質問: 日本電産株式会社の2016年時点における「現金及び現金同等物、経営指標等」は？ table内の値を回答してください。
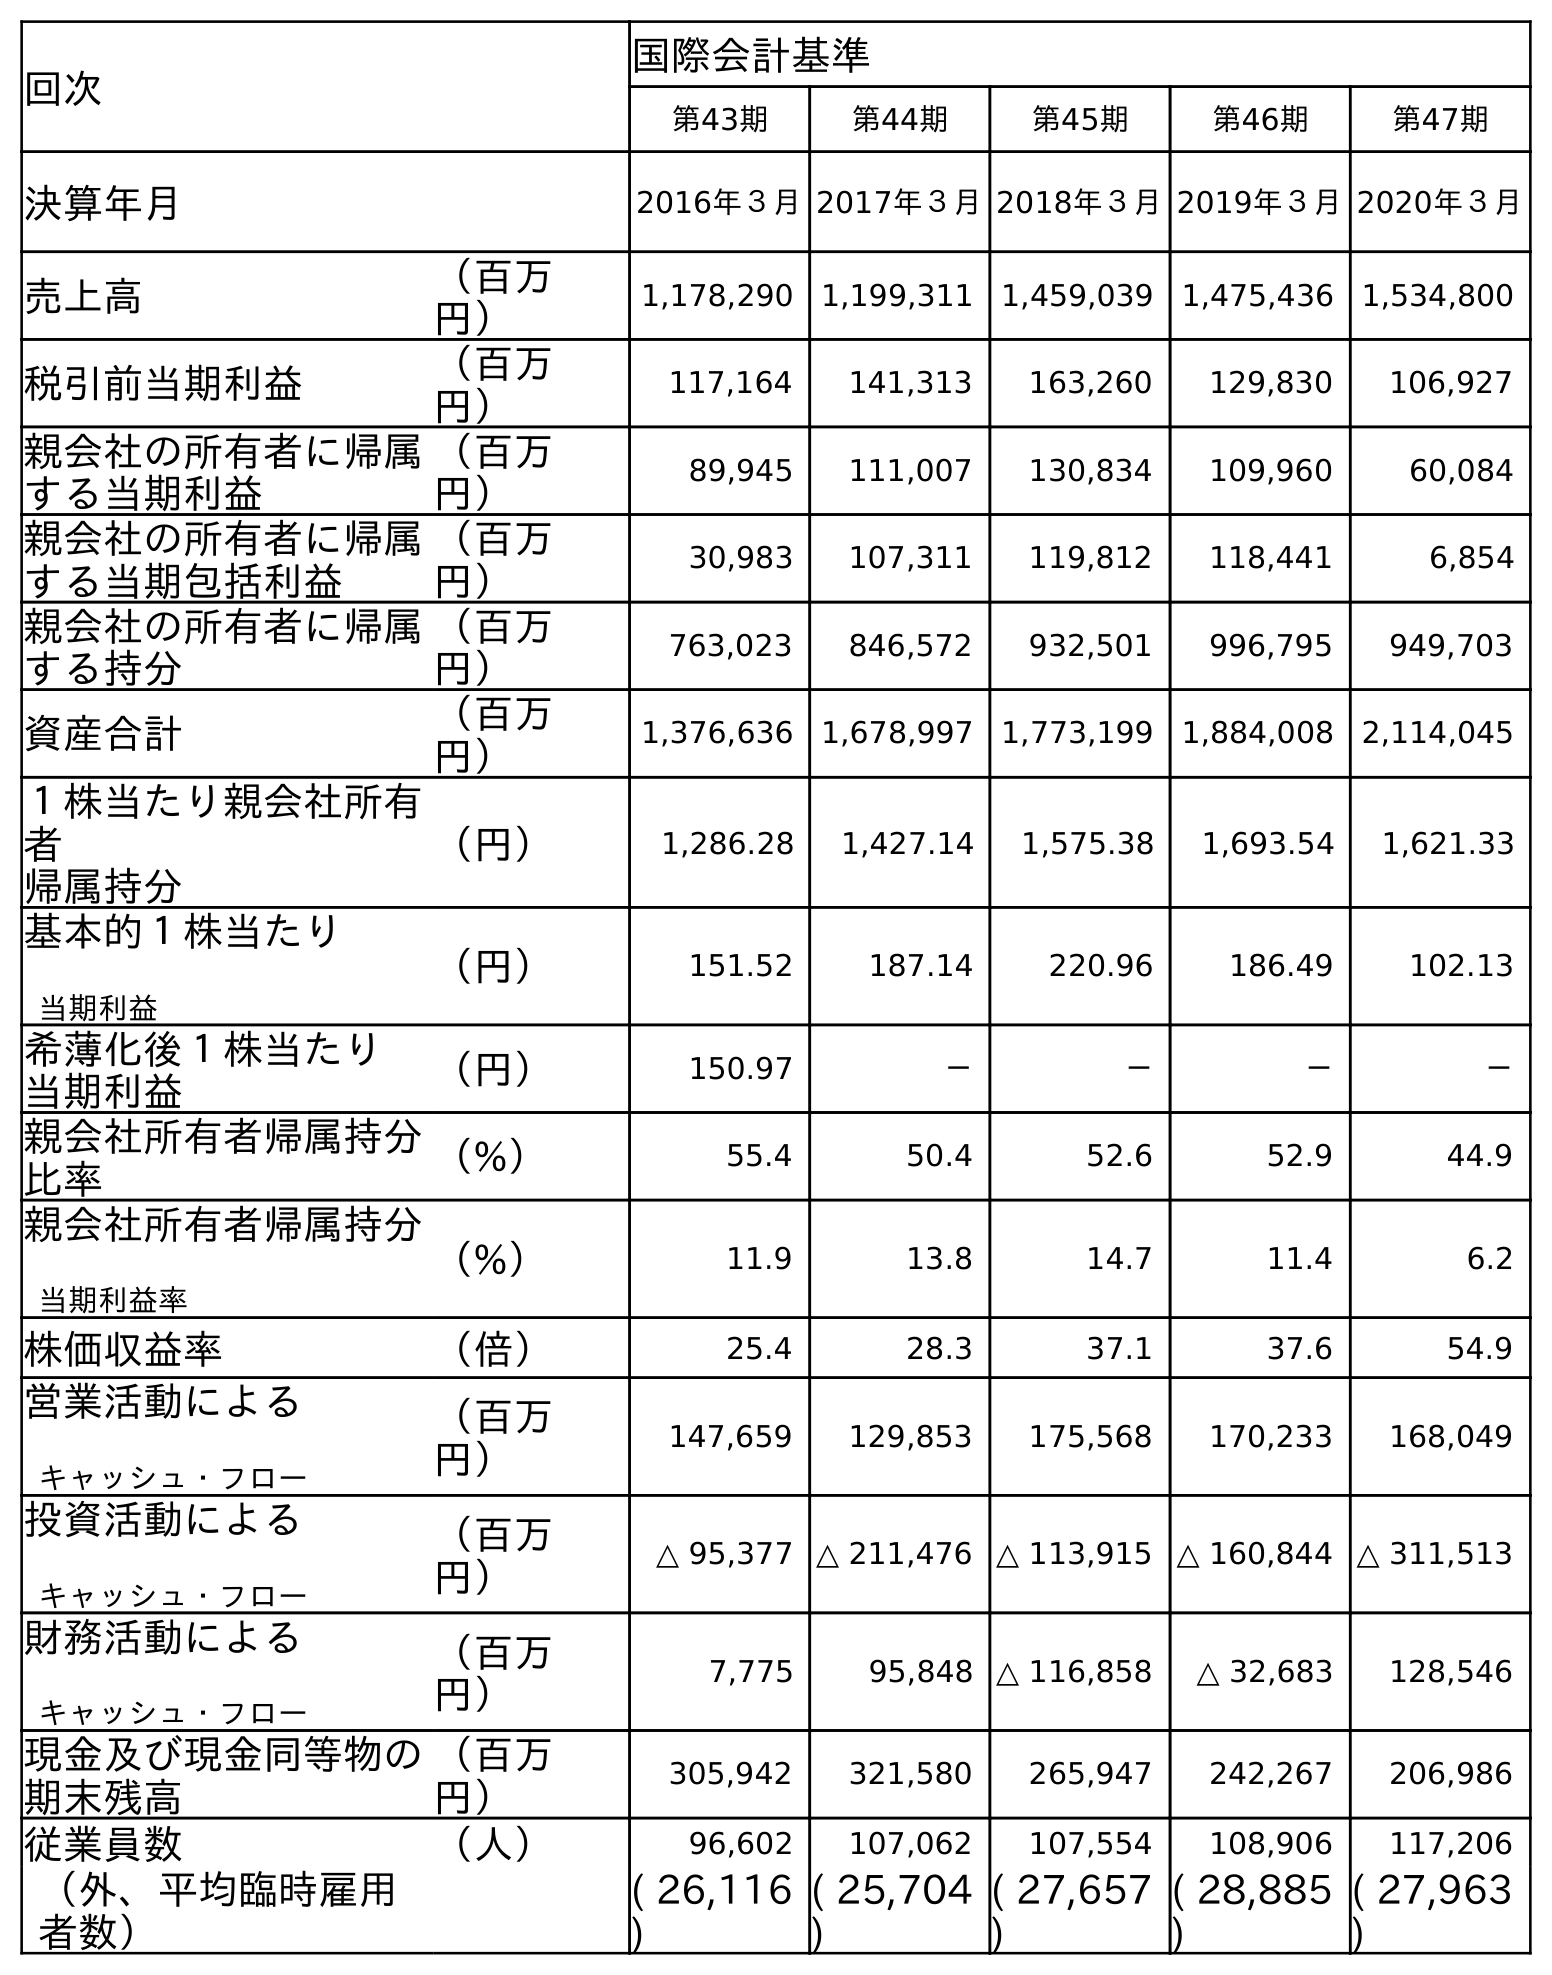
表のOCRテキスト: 回次 国際会計基準 第43期 第44期 第45期 第46期 第47期 決算年月 2016年３月2017年３月2018年３月2019年３月2020年３月 売上高 （百万 円） 1,178,290 1,199,311 1,459,039 1,475,436 1,534,800 税引前当期利益 （百万 円） 117,164 141,313 163,260 129,830 106,927 親会社の所有者に帰属 する当期利益 （百万 円） 89,945 111,007 130,834 109,960 60,084 親会社の所有者に帰属 する当期包括利益 （百万 円） 30,983 107,311 119,812 118,441 6,854 親会社の所有者に帰属 する持分 （百万 円） 763,023 846,572 932,501 996,795 949,703 資産合計 （百万 円） 1,376,636 1,678,997 1,773,199 1,884,008 2,114,045 １株当たり親会社所有 者 帰属持分 （円） 1,286.28 1,427.14 1,575.38 1,693.54 1,621.33 基本的１株当たり 当期利益 （円） 151.52 187.14 220.96 186.49 102.13 希薄化後１株当たり 当期利益 （円） 150.97 － － － － 親会社所有者帰属持分 比率 （%） 55.4 50.4 52.6 52.9 44.9 親会社所有者帰属持分 当期利益率 （%） 11.9 13.8 14.7 11.4 6.2 株価収益率 （倍） 25.4 28.3 37.1 37.6 54.9 営業活動による キャッシュ・フロー （百万 円） 147,659 129,853 175,568 170,233 168,049 投資活動による キャッシュ・フロー （百万 円） △ 95,377 △ 211,476 △ 113,915 △ 160,844 △ 311,513 財務活動による キャッシュ・フロー （百万 円） 7,775 95,848 △ 116,858 △ 32,683 128,546 現金及び現金同等物の 期末残高 （百万 円） 305,942 321,580 265,947 242,267 206,986 従業員数 （人） 96,602 107,062 107,554 108,906 117,206 （外、平均臨時雇用 者数） ( 26,116 ) ( 25,704 ) ( 27,657 ) ( 28,885 ) ( 27,963 )
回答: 305,942